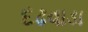
દઢવાડા